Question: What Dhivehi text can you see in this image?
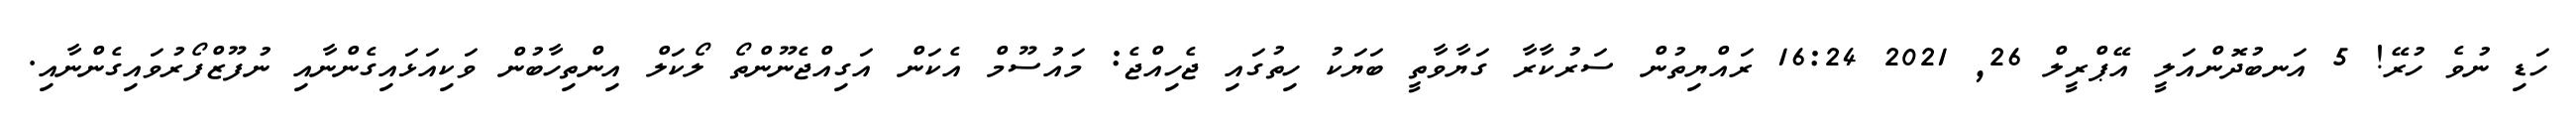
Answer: ހަޑި ނުވެ ހުރޭ! 5 އަނބުދޮންއަލީ އޭޕްރީލް 26, 2021 16:24 ރައްޔިތުން ސަރުކާރާ ގަޔާވާތީ ބަޔަކު ހިތުގައި ޖެހިއްޖެ: މައުސޫމް އެކަން އަގިއްޖެނޫންތޯ ލޯކަލް އިންތިހާބުން ވަކިއަޅައިގެންނާއި ނުފޫޒްފޯރުވައިގެންނާއި.